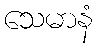
သေမာနံ